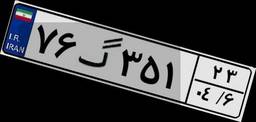
۷۶گ۳۵۱۲۳